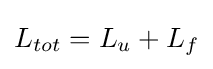
L_{tot}=L_{u}+L_{f}